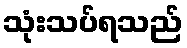
သုံးသပ်ရသည်